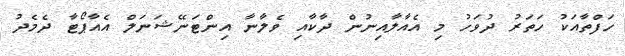
ހަފްތާއަކު ހަތަރު ދުވަހު މި އެއާލާއިނުން ދާކާއި ވެލާނާ އިންޓަނޭޝަނަލް އެއާޕޯޓާ ދެމެދު